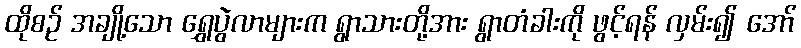
ထိုစဉ် အချို့သော ရွှေပွဲလာများက ရွာသားတို့အား ရွာတံခါးကို ဖွင့်ရန် လှမ်း၍ အော်